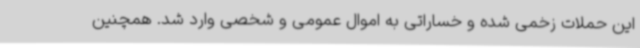
این حملات زخمی شده و خساراتی به اموال عمومی و شخصی وارد شد. همچنین